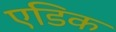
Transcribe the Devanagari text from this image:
एडिक